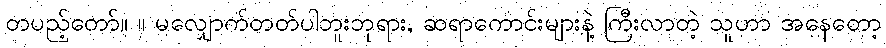
တပည့်တော်။ ။ မလျှောက်တတ်ပါဘူးဘုရား, ဆရာကောင်းများနဲ့ ကြီးလာတဲ့ သူဟာ အနေတော့